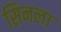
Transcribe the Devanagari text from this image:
सिनला